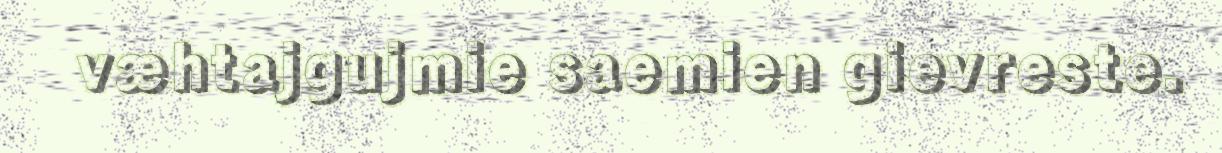
væhtajgujmie saemien gievreste.